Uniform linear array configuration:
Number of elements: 24
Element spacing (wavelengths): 1
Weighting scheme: binomial
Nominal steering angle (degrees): -30
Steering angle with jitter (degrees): -29.885
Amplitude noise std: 0.05
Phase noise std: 0.05

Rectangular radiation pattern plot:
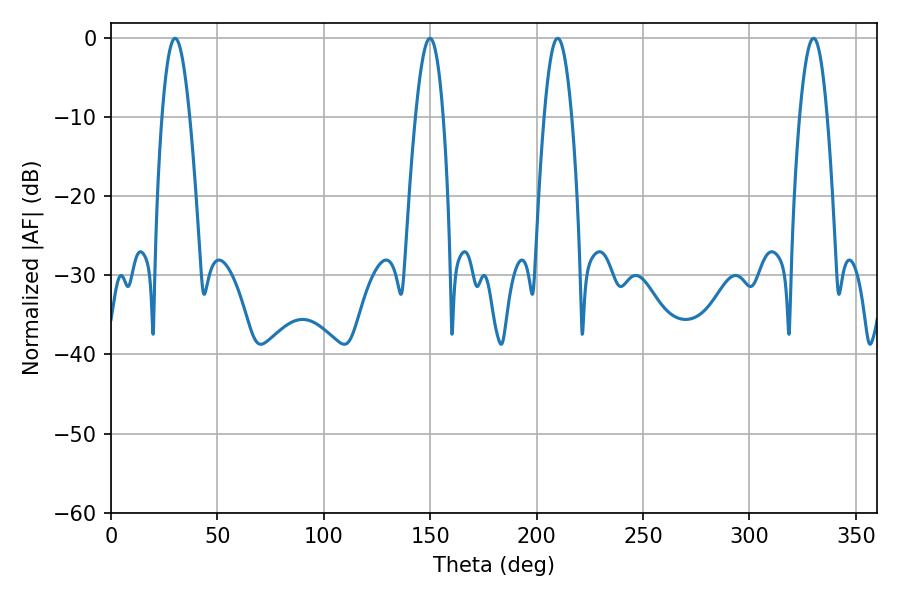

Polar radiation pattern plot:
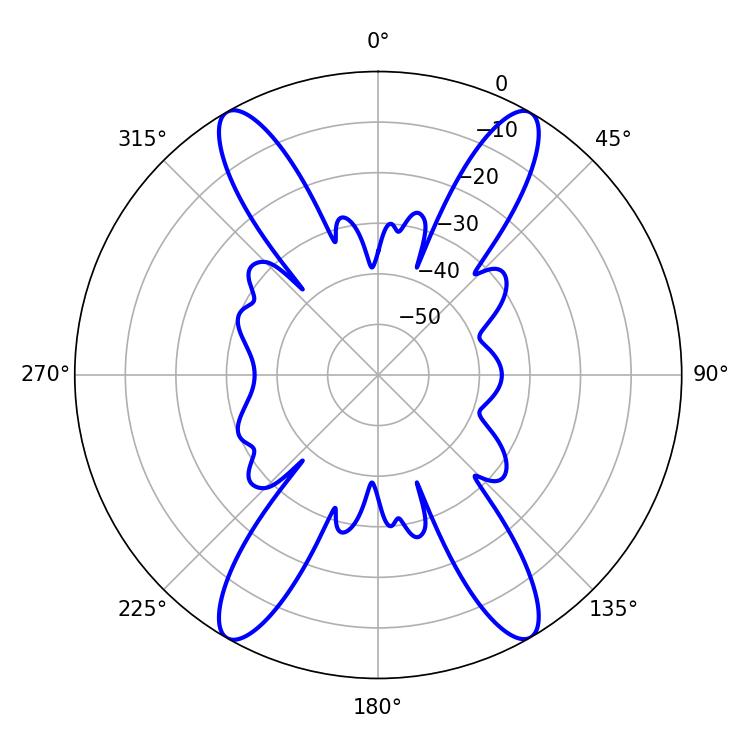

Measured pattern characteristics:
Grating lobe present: TRUE
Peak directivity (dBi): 30.706
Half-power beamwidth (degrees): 7.02
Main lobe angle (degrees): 209.88